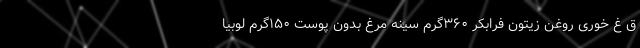
ق غ خوری روغن زیتون فرابکر ۳۶۰‌گرم سینه مرغ بدون پوست ۱۵۰‌گرم لوبیا